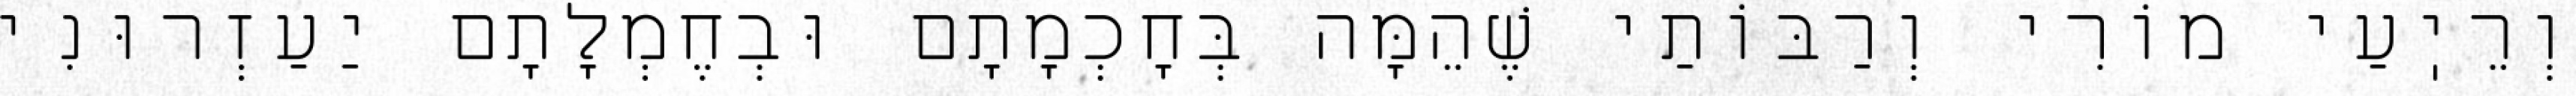
וְרֵיֽעַי מוֹרִי וְרַבּוֹתַי שֶׁהֵמָּה בְּחׇכְמָתָם וּבְחֶמְלָתָם יַעַזְרוּנִי